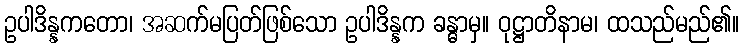
ဥပါဒိန္နကတော၊ အဆက်မပြတ်ဖြစ်သော ဥပါဒိန္နက ခန္ဓာမှ။ ဝုဋ္ဌာတိနာမ၊ ထသည်မည်၏။